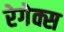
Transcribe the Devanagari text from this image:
रेगेक्स